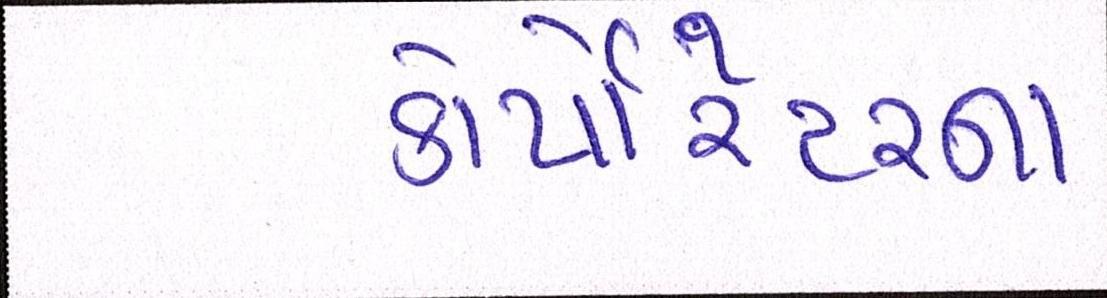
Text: કોર્પેારેટરના